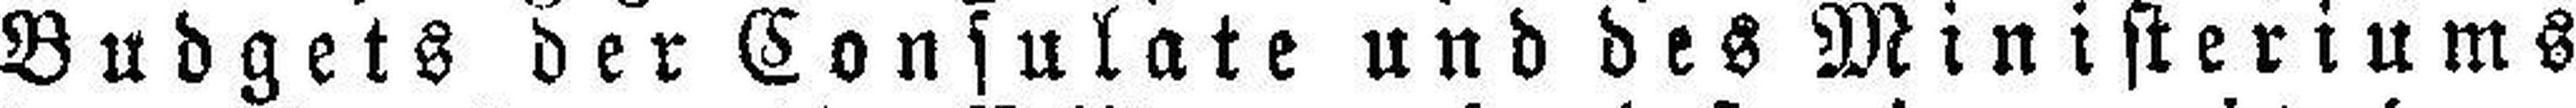
Budgets der Consulate und des Ministeriums